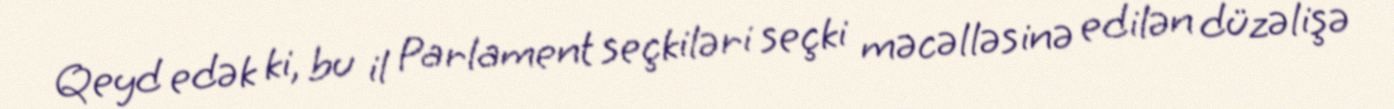
Qeyd edək ki, bu il Parlament seçkiləri seçki məcəlləsinə edilən düzəlişə